Vaccine operations Central Provinces 1868-1885 - 1868-1885
Year: 1868
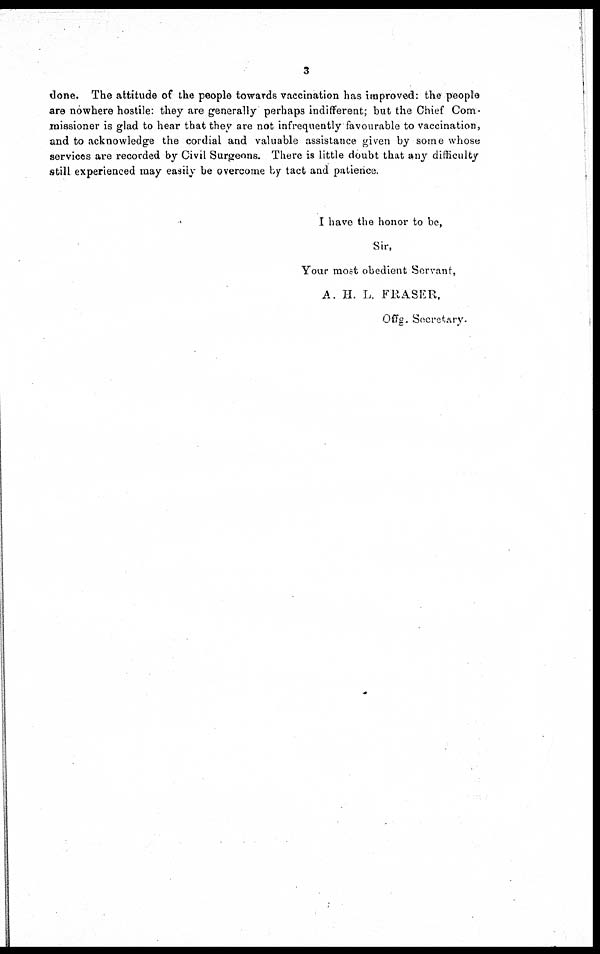
3
done. The attitude of the people towards vaccination has improved: the people
are nowhere hostile: they are generally perhaps indifferent; but the Chief Com-
missioner is glad to hear that they are not infrequently favourable to vaccination,
and to acknowledge the cordial and valuable assistance given by some whose
services are recorded by Civil Surgeons. There is little doubt that any difficulty
still experienced may easily be overcome by tact and patience.
I have the honor to be,
Sir,
Your most obedient Servant,
A. H. L. FRASER,
Offg. Secretary.